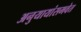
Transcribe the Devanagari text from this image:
अनुयायांसमवेत